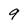
Character: 9